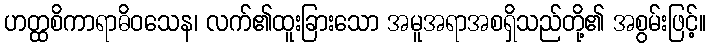
ဟတ္ထစိကာရာဓိဝသေန၊ လက်၏ထူးခြားသော အမူအရာအစရှိသည်တို့၏ အစွမ်းဖြင့်။